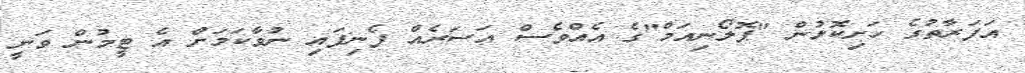
އަފަރާތުގެ ހަށިކޮޅުން "ޕޮލޯނިއަމް"ގެ އެއްވެސް އަސަރެއް ފެނިފައި ނުވާކަމަށް އެ ޓީމުން ވަނީ